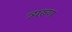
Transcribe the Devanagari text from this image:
त्र्यरुण